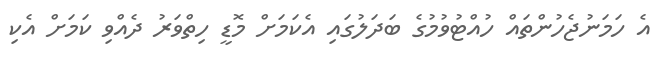
އެ ހަމަނުޖެހުންތައް ހުއްޓުވުމުގެ ބަދަލުގައި އެކަމަށް މޮޑީ ހިތްވަރު ދެއްވި ކަމަށް އެކި